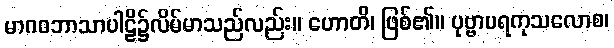
မာဂဓဘာသာပါဠိ၌လိမ်မာသည်လည်း။ ဟောတိ၊ ဖြစ်၏။ ပုဗ္ဗာပရကုသလောစ၊